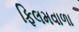
ફિલમવાળા